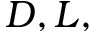
D , L ,